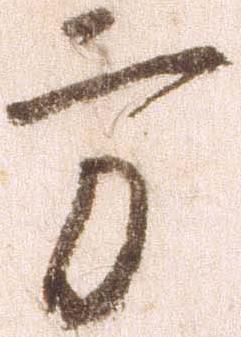
方